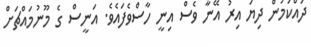
ދައްކަމުން ދިޔަ އިރު އޭނާ ވެސް އިނީ ހާސްވެފައެވެ. އަނީސް ގެ މޫނުމައްޗަށް